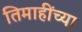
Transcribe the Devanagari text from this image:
तिमाहींच्या